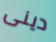
دينى